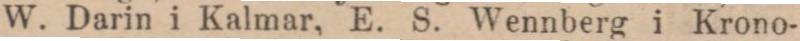
W. Darin i Kalmar, E. S. Wennberg i Krono-